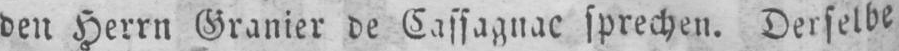
den Herrn Granier de Cassagnac sprechen. Derselbe